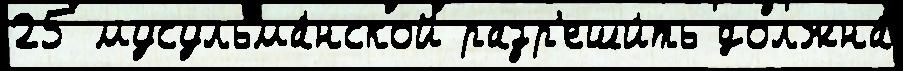
25 мусульма́нской разр'еши́ть должна́